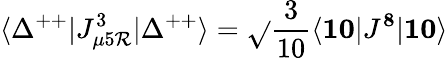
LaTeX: \langle\Delta^{++}|J_{\mu5\mathcal{R}}^{3}|\Delta^{++}\rangle=\sqrt{}{{{\frac{{3}}{{10}}}}}\langle{\mathbf{{10}}}|J^{\mathbf{8}}|{\mathbf{{10}}}\rangle